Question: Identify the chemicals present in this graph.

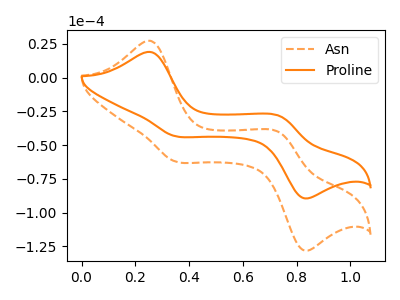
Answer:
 <answer>The orange dashed curve is labeled "Asn". The orange curve is labeled "Proline".</answer>
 <eval></eval>